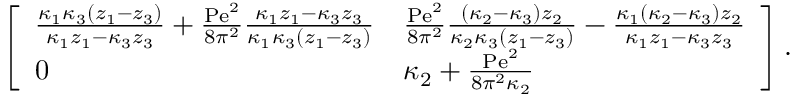
\begin{array} { r } { \left[ \begin{array} { l l } { \frac { \kappa _ { 1 } \kappa _ { 3 } \left( z _ { 1 } - z _ { 3 } \right) } { \kappa _ { 1 } z _ { 1 } - \kappa _ { 3 } z _ { 3 } } + \frac { \mathrm { P e } ^ { 2 } } { 8 \pi ^ { 2 } } \frac { \kappa _ { 1 } z _ { 1 } - \kappa _ { 3 } z _ { 3 } } { \kappa _ { 1 } \kappa _ { 3 } \left( z _ { 1 } - z _ { 3 } \right) } } & { \frac { \mathrm { P e } ^ { 2 } } { 8 \pi ^ { 2 } } \frac { \left( \kappa _ { 2 } - \kappa _ { 3 } \right) z _ { 2 } } { \kappa _ { 2 } \kappa _ { 3 } \left( z _ { 1 } - z _ { 3 } \right) } - \frac { \kappa _ { 1 } \left( \kappa _ { 2 } - \kappa _ { 3 } \right) z _ { 2 } } { \kappa _ { 1 } z _ { 1 } - \kappa _ { 3 } z _ { 3 } } } \\ { 0 } & { \kappa _ { 2 } + \frac { \mathrm { P e } ^ { 2 } } { 8 \pi ^ { 2 } \kappa _ { 2 } } } \end{array} \right] . } \end{array}